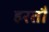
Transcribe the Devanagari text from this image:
हरतौ